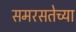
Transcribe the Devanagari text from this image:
समरसतेच्या